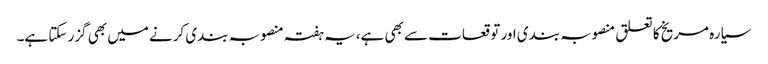
سیارہ مریخ کا تعلق منصوبہ بندی اور توقعات سے بھی ہے،یہ ہفتہ منصوبہ بندی کرنے میں بھی گزر سکتا ہے۔